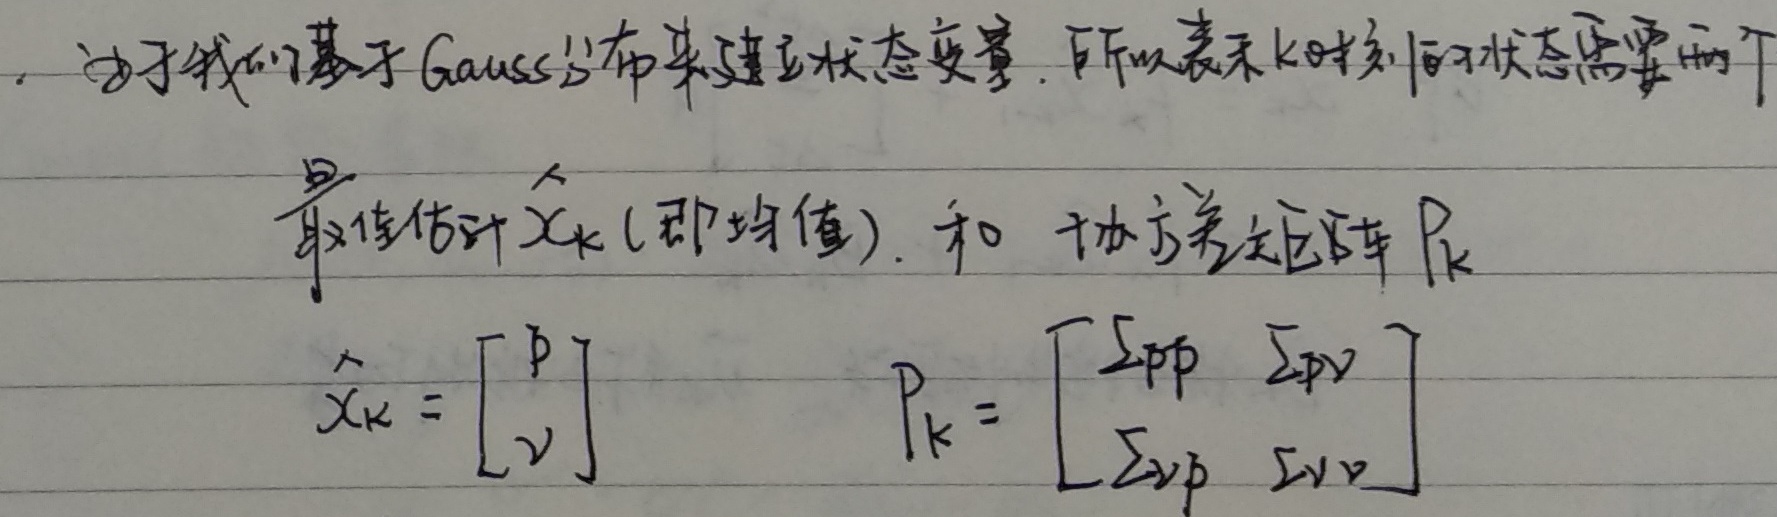
由于我们基于Gauss分布来建立状态变量，所以表示\(k\)时刻的状态需要两个量：最佳估计\(\hat{\boldsymbol{x}}_k\)（即均值），和协方差矩阵\(P_k\)。

\(\hat{\boldsymbol{x}}_k=\begin{bmatrix} p\\v \end{bmatrix}\)，\(P_k = \begin{bmatrix} \Sigma_{pp}&\Sigma_{pv}\\ \Sigma_{vp}&\Sigma_{vv} \end{bmatrix}\)